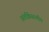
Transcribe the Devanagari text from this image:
अंतर्क्रिस्टलीय